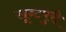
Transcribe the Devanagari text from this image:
खून्टपुरी